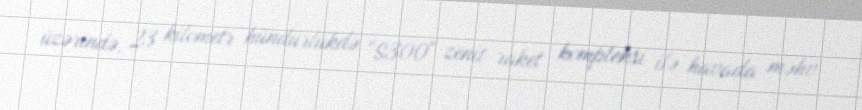
üzərində, 23 kilometr hündürlükdə “S300" zenit-raket kompleksi ilə havada məhv